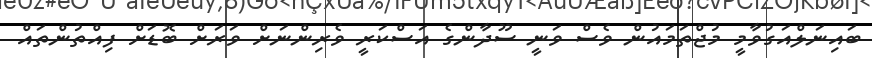
ބައިނަލްއަގުވާމީ މުޖްތަމައުން ވެސް ވަނީ ސޫދާންގެ އަސްކަރީ ވެރިންނަށް ވަރަށް ބޮޑަށް ފިއްތުންތައް